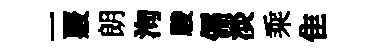
一覈朗洵駿儒淡乘隹